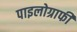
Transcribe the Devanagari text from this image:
पाइलोग्राफी